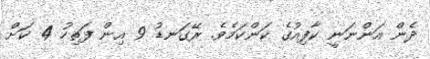
ދެން އަންނަނީ ކާފިއުގެ ކަންކަމެވެ. ރޭގަނޑު 9 އިން ފަތިހު 4 ކަށް